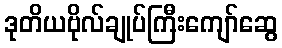
ဒုတိယဗိုလ်ချုပ်ကြီးကျော်ဆွေ